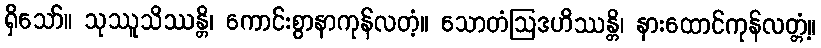
ရှိသော်။ သုဿူသိဿန္တိ၊ ကောင်းစွာနာကုန်လတံ့။ သောတံဩဒဟိဿန္တိ၊ နားထောင်ကုန်လတ္တံ့။